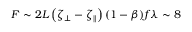
F \sim 2 L \left( \zeta _ { \perp } - \zeta _ { \parallel } \right) ( 1 - \beta ) f \lambda \sim 8